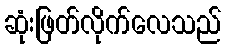
ဆုံးဖြတ်လိုက်လေသည်